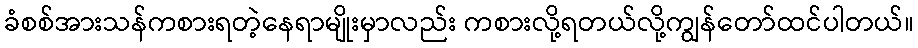
ခံစစ်အားသန်ကစားရတဲ့နေရာမျိုးမှာလည်း ကစားလို့ရတယ်လို့ကျွန်တော်ထင်ပါတယ်။